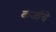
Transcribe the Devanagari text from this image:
कर्जाचे